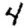
Digit: 4